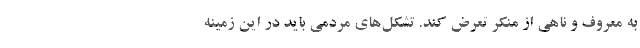
به معروف و ناهی از منکر تعرض کند. تشکل‌های مردمی باید در این زمینه